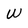
Character: W